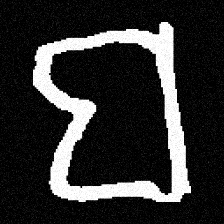
Pyu character \u2014 Myanmar letter: ဗ (romanized: ba)